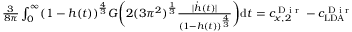
\begin{array} { r } { \frac { 3 } { 8 \pi } \int _ { 0 } ^ { \infty } ( 1 - h ( t ) ) ^ { \frac { 4 } { 3 } } G \biggr ( 2 ( 3 \pi ^ { 2 } ) ^ { \frac { 1 } { 3 } } \frac { | \dot { h } ( t ) | } { ( 1 - h ( t ) ) ^ { \frac { 4 } { 3 } } } \biggr ) \mathrm { d } t = c _ { x , 2 } ^ { \textnormal { D i r } } - c _ { \mathrm { L D A } } ^ { \textnormal { D i r } } } \end{array}